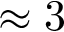
\approx 3